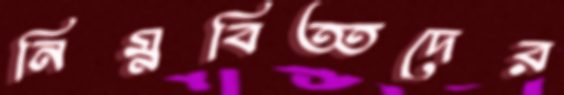
নিম্নবিত্তদের